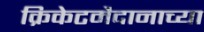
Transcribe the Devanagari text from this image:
क्रिकेटमैदानाच्या